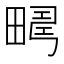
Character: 𤲮